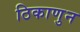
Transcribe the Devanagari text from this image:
ठिकाणुन